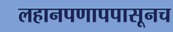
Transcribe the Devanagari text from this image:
लहानपणापपासूनच